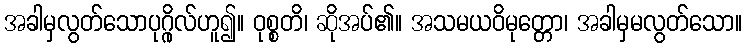
အခါမှလွတ်သောပုဂ္ဂိုလ်ဟူ၍။ ဝုစ္စတိ၊ ဆိုအပ်၏။ အသမယဝိမုတ္တော၊ အခါမှမလွတ်သော။